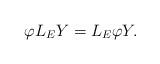
LaTeX: \begin{align*}\varphi L_EY=L_E\varphi Y.\end{align*}